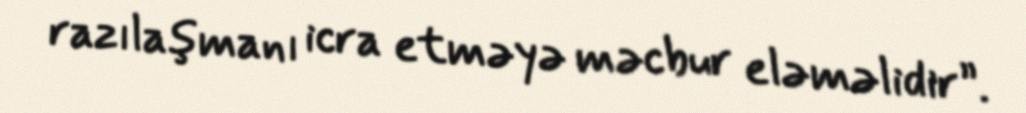
razılaşmanı icra etməyə məcbur eləməlidir”.